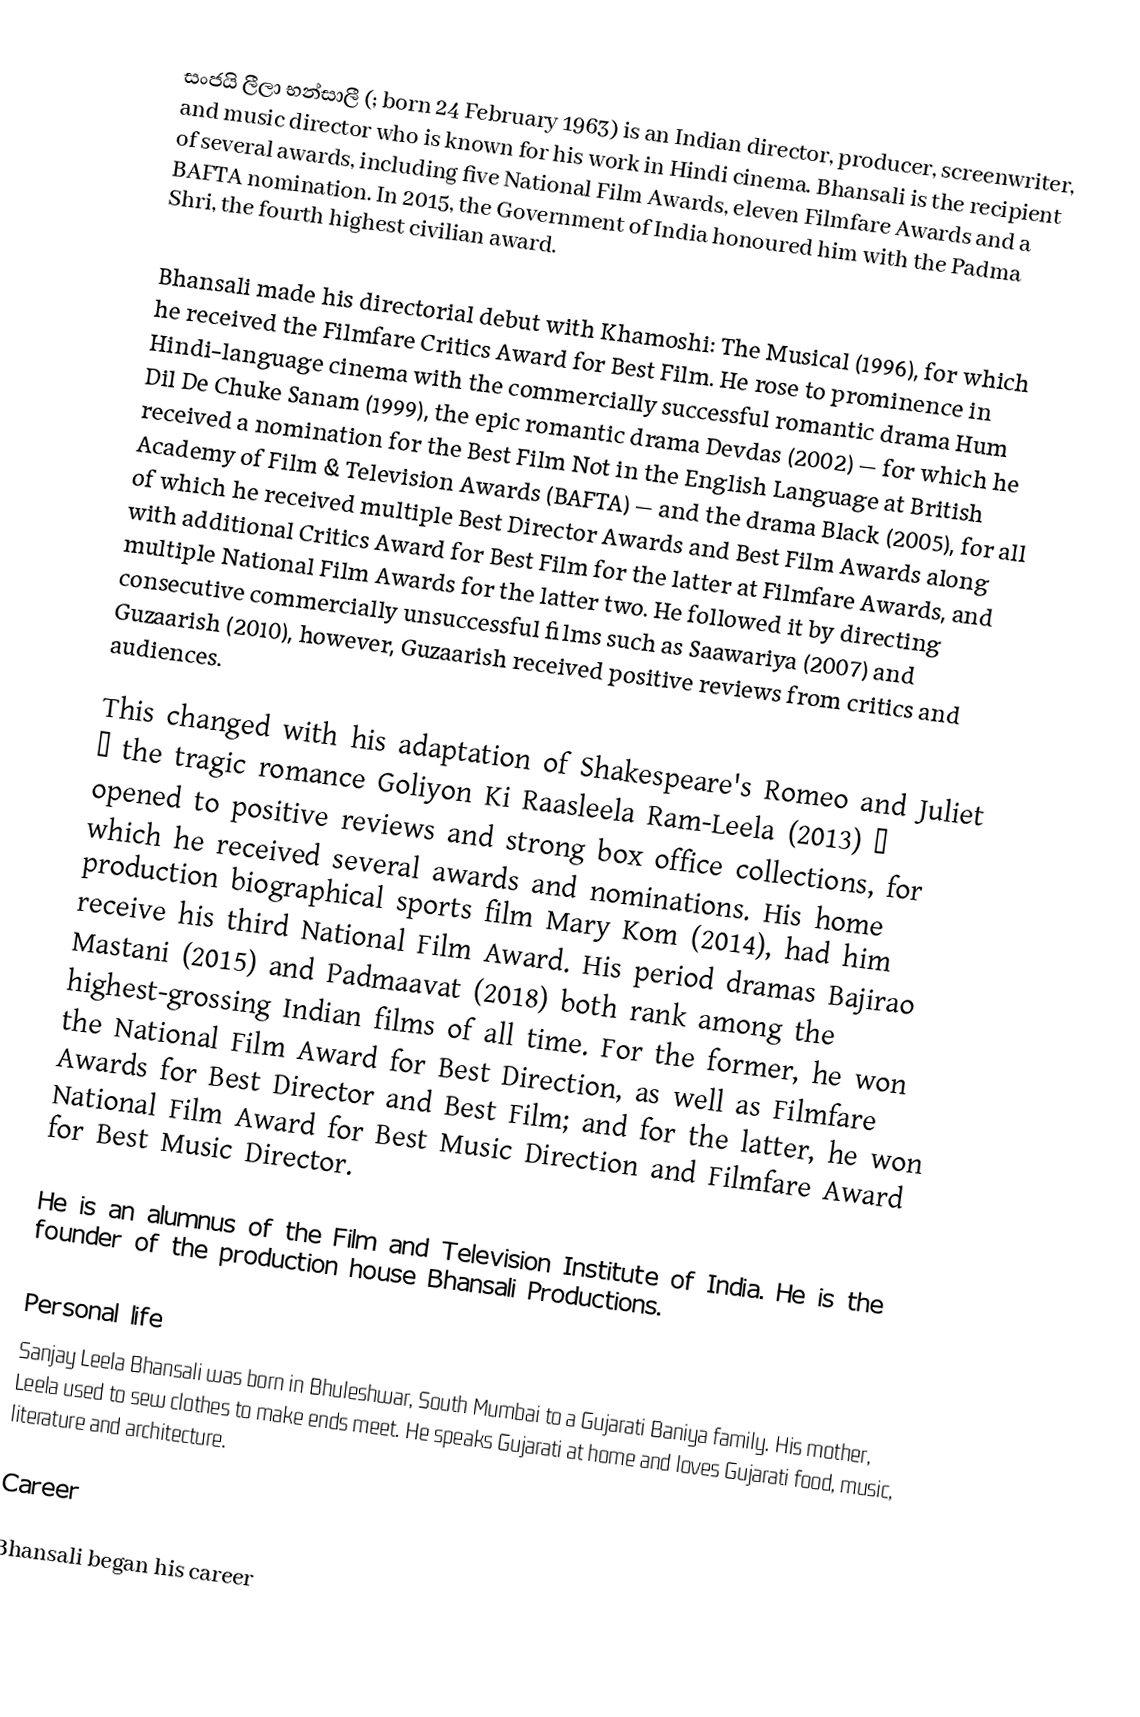
සංජයි ලීලා භන්සාලී (; born 24 February 1963) is an Indian director, producer, screenwriter, and music director who is known for his work in Hindi cinema. Bhansali is the recipient of several awards, including five National Film Awards, eleven Filmfare Awards and a BAFTA nomination. In 2015, the Government of India honoured him with the Padma Shri, the fourth highest civilian award.

Bhansali made his directorial debut with Khamoshi: The Musical (1996), for which he received the Filmfare Critics Award for Best Film. He rose to prominence in Hindi-language cinema with the commercially successful romantic drama Hum Dil De Chuke Sanam (1999), the epic romantic drama Devdas (2002) — for which he received a nomination for the Best Film Not in the English Language at British Academy of Film & Television Awards (BAFTA) —  and the drama Black (2005), for all of which he received multiple Best Director Awards and Best Film Awards along with additional Critics Award for Best Film for the latter at Filmfare Awards, and multiple National Film Awards for the latter two. He followed it by directing consecutive commercially unsuccessful films such as Saawariya (2007) and Guzaarish (2010), however, Guzaarish received positive reviews from critics and audiences.

This changed with his adaptation of Shakespeare's Romeo and Juliet — the tragic romance Goliyon Ki Raasleela Ram-Leela (2013) — opened to positive reviews and strong box office collections, for which he received several awards and nominations. His home production biographical sports film Mary Kom (2014), had him receive his third National Film Award. His period dramas Bajirao Mastani (2015) and Padmaavat (2018) both rank among the highest-grossing Indian films of all time. For the former, he won the National Film Award for Best Direction, as well as Filmfare Awards for Best Director and Best Film; and for the latter, he won National Film Award for Best Music Direction and Filmfare Award for Best Music Director.

He is an alumnus of the Film and Television Institute of India. He is the founder of the production house Bhansali Productions.

Personal life
Sanjay Leela Bhansali was born in Bhuleshwar, South Mumbai to a Gujarati Baniya family. His mother, Leela used to sew clothes to make ends meet. He speaks Gujarati at home and loves Gujarati food, music, literature and architecture.

Career

Bhansali began his career